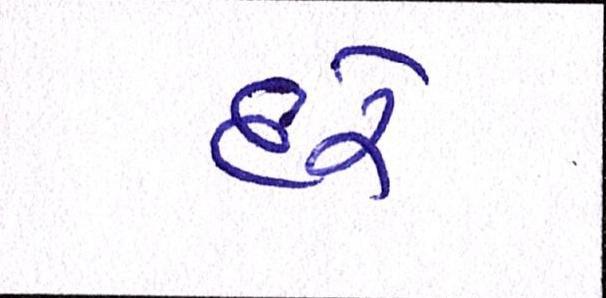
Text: દરે